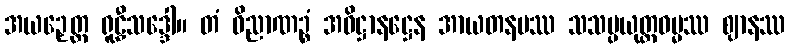
အယဉှေတ္ထ ရူဠှီသဒ္ဒေါ။ တံ ဝိညာဏဉ္စံ အဓိဋ္ဌာနဋ္ဌေန အာယတနမဿ သသမ္ပယုတ္တဓမ္မဿ ဈာနဿ